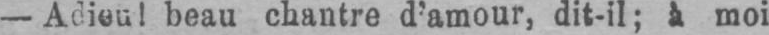
- Adieu! beau chantre d’amour, dit-il; à moi